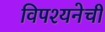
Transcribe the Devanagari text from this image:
विपश्यनेची